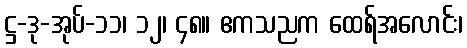
ဋ္ဌ-ဒု-အုပ်-၁၁၊ ၁၂၊ ၄၈။ ဧကသညက ထေရ်အလောင်း၊